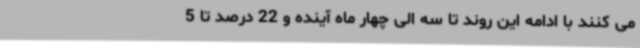
می کنند با ادامه این روند تا سه الی چهار ماه آینده و 22 درصد تا 5